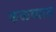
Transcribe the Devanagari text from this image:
कळव्यात